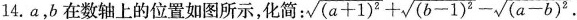
14.a，b在数轴上的位置如图所示，化简：$$: \sqrt{(a+1)^{2}}+\sqrt{(b-1)^{2}}-\sqrt{(a-b)^{2}}.$$